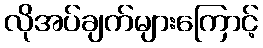
လိုအပ်ချက်များကြောင့်